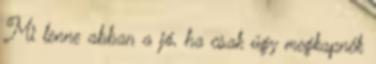
Mi lenne abban a jó, ha csak úgy megkapnék